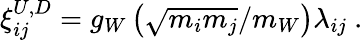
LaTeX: \xi_{ij}^{U,D}=g_{W}\left({\sqrt{m_{i}m_{j}}}/m_{W}\right)\lambda_{ij}~.